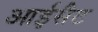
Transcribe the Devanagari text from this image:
आईसैट